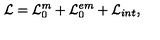
{ \cal L } = { \cal L } _ { 0 } ^ { m } + { \cal L } _ { 0 } ^ { e m } + { \cal L } _ { i n t } ,